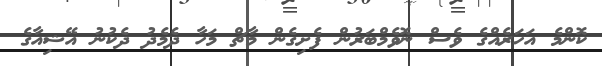
ކޮންމެ އަހަރެއްގެ ވެސް ނޮވެމްބަރުން ފެށިގެން މާޗް މަހާ ދެމެދު ދެކުނު އޭޝިއާގެ